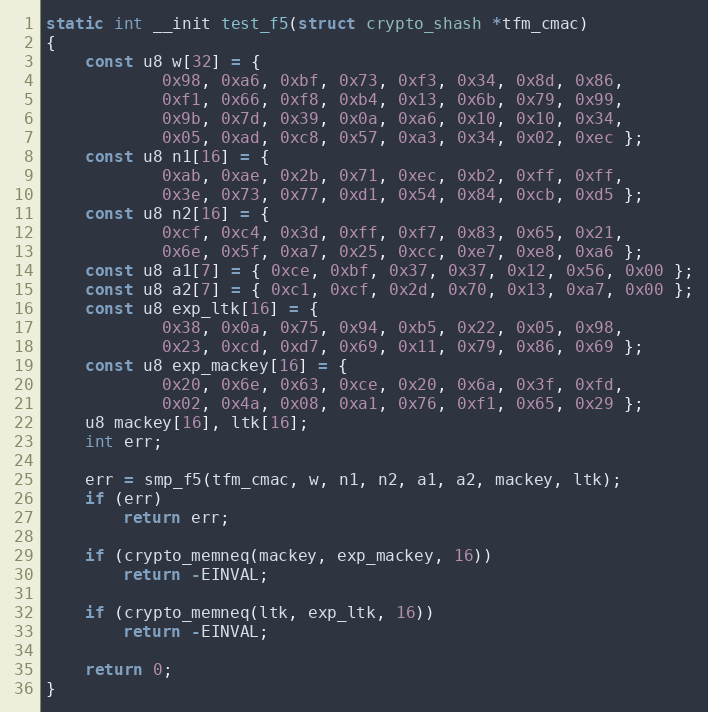
Language: C
static int __init test_f5(struct crypto_shash *tfm_cmac)
{
	const u8 w[32] = {
			0x98, 0xa6, 0xbf, 0x73, 0xf3, 0x34, 0x8d, 0x86,
			0xf1, 0x66, 0xf8, 0xb4, 0x13, 0x6b, 0x79, 0x99,
			0x9b, 0x7d, 0x39, 0x0a, 0xa6, 0x10, 0x10, 0x34,
			0x05, 0xad, 0xc8, 0x57, 0xa3, 0x34, 0x02, 0xec };
	const u8 n1[16] = {
			0xab, 0xae, 0x2b, 0x71, 0xec, 0xb2, 0xff, 0xff,
			0x3e, 0x73, 0x77, 0xd1, 0x54, 0x84, 0xcb, 0xd5 };
	const u8 n2[16] = {
			0xcf, 0xc4, 0x3d, 0xff, 0xf7, 0x83, 0x65, 0x21,
			0x6e, 0x5f, 0xa7, 0x25, 0xcc, 0xe7, 0xe8, 0xa6 };
	const u8 a1[7] = { 0xce, 0xbf, 0x37, 0x37, 0x12, 0x56, 0x00 };
	const u8 a2[7] = { 0xc1, 0xcf, 0x2d, 0x70, 0x13, 0xa7, 0x00 };
	const u8 exp_ltk[16] = {
			0x38, 0x0a, 0x75, 0x94, 0xb5, 0x22, 0x05, 0x98,
			0x23, 0xcd, 0xd7, 0x69, 0x11, 0x79, 0x86, 0x69 };
	const u8 exp_mackey[16] = {
			0x20, 0x6e, 0x63, 0xce, 0x20, 0x6a, 0x3f, 0xfd,
			0x02, 0x4a, 0x08, 0xa1, 0x76, 0xf1, 0x65, 0x29 };
	u8 mackey[16], ltk[16];
	int err;

	err = smp_f5(tfm_cmac, w, n1, n2, a1, a2, mackey, ltk);
	if (err)
		return err;

	if (crypto_memneq(mackey, exp_mackey, 16))
		return -EINVAL;

	if (crypto_memneq(ltk, exp_ltk, 16))
		return -EINVAL;

	return 0;
}